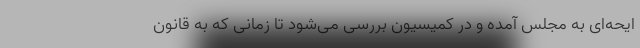
ایحه‌ای به مجلس آمده و در کمیسیون بررسی می‌شود تا زمانی که به قانون